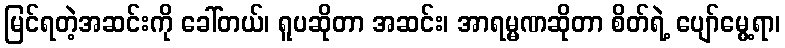
မြင်ရတဲ့အဆင်းကို ခေါ်တယ်၊ ရူပဆိုတာ အဆင်း၊ အာရမ္မဏဆိုတာ စိတ်ရဲ့ ပျော်မွေ့ရာ၊